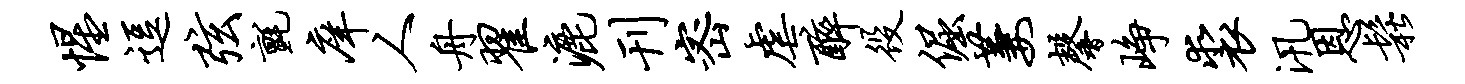
惺逗弦毡庠人舟翟漉刊密虐醉役倔萋馨峥裘汛恩松